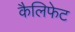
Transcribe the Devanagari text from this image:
कैलिफेट